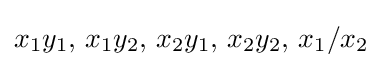
x_{1}y_{1},\,x_{1}y_{2},\,x_{2}y_{1},\,x_{2}y_{2},\,x_{1}/x_{2}